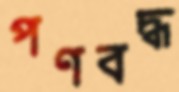
পণবদ্ধ